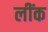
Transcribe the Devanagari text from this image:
लींक